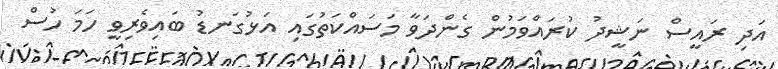
އަދި ރައީސް ނަޝީދު ކުރައްވަމުން ގެންދަވާ މަސައްކަތުގައި އަޅުގަނޑު ބައިވެރިވީ ހަމަ ހުސް